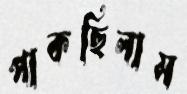
পাকছিলাম